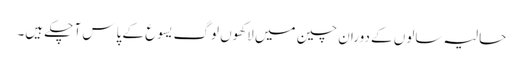
حالیہ سالوں کے دوران چین میں لاکھوں لوگ یسوع کے پاس آ چکے ہیں۔